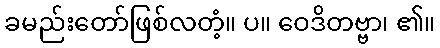
ခမည်းတော်ဖြစ်လတံ့။ ပ။ ဝေဒိတဗ္ဗာ၊ ၏။